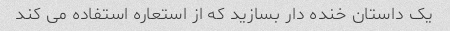
یک داستان خنده دار بسازید که از استعاره استفاده می کند